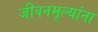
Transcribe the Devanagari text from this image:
जीवनमूल्यांना